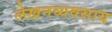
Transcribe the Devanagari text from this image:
लेखनव्यवसाय